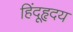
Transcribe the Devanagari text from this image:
हिंदूहृदय